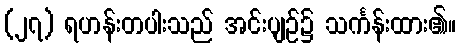
(၂၇) ရဟန်းတပါးသည် အင်းပျဉ်၌ သင်္ကန်းထား၏။